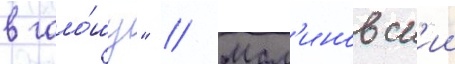
в гало́шу" // Мал'иновск'ии